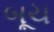
બૂચ